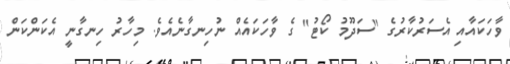
ވާހަކައާއި އެސަރުކާރުގެ "ސަދޫމު ކޯޓު" ގެ ވާހަކައެއް ނުހިނގާނެއެވެ. މިހާރު ހިނގާނީ އެކަންކަން